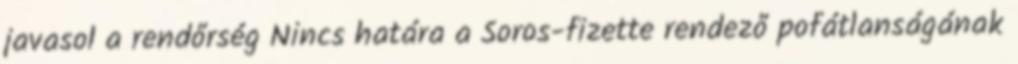
javasol a rendőrség Nincs határa a Soros-fizette rendező pofátlanságának